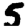
Digit: 5